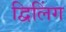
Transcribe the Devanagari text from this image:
द्विलिंग